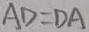
A D = D A